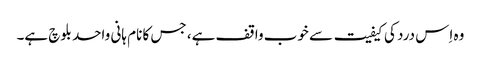
وہ اِس درد کی کیفیت سے خوب واقف ہے، جس کا نام ہانی واحد بلوچ ہے۔